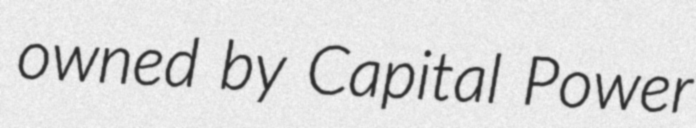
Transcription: owned by Capital Power